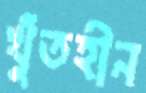
খুঁতহীন